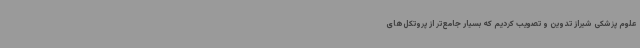
علوم پزشکی شیراز تدوین و تصویب کردیم که بسیار جامع‌تر از پروتکل‌های